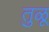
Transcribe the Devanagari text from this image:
तु़ळू